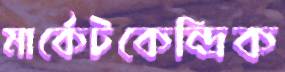
মার্কেটকেন্দ্রিক